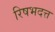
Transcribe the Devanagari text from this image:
रिषभदत्त